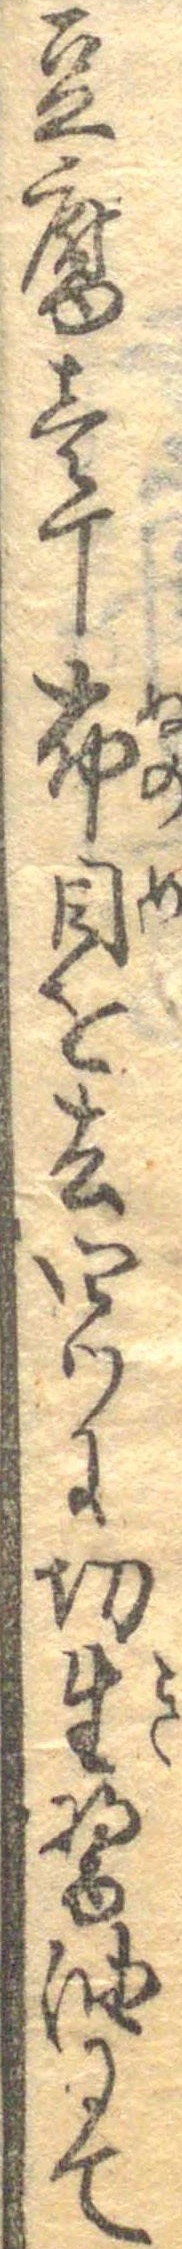
豆腐壱丁布目を去四つに切生醤油にて